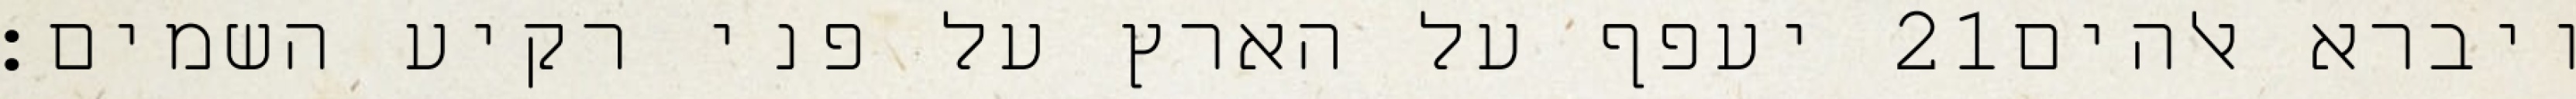
יעפף על הארץ על פני רקיע השמים׃ ‎21‏ ויברא אלהים